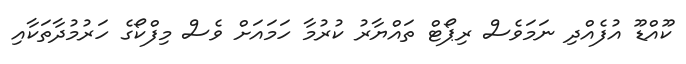
ކޫއްޑޫ އުފެއްދި ނަމަވެސް ރިޕޯޓް ތައްޔާރު ކުރުމާ ހަމައަށް ވެސް މިފްކޯގެ ހަރުމުދާތަކާއި